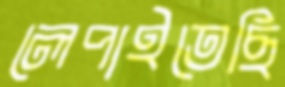
লেপাইতেছি